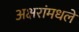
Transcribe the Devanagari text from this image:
अक्षरांमधले